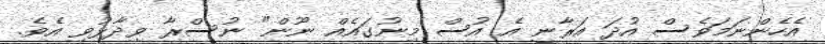
އެހެންނަމަވެސް އުދަ އަރާނީ އެ އުސް މިނުގައެއް ނޫން" ނުސްރާ ވިދާޅުވި އެވެ.